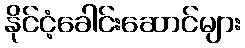
နိုင်ငံ့ခေါင်းဆောင်များ